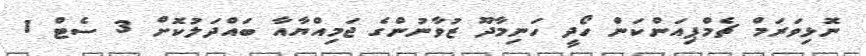
ނޮޅިވަރަމް ޗެމްޕިއަންކަން ހޯދީ ހަނިމާދޫ ޒުވާނުންގެ ޖަމިއްޔާއާ ބައްދަލުކޮށް 3 ސެޓް 1